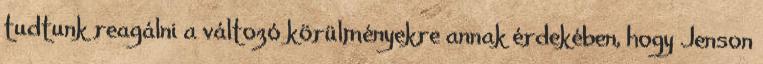
tudtunk reagálni a változó körülményekre annak érdekében, hogy Jenson